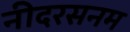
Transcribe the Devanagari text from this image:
नीदरसनम